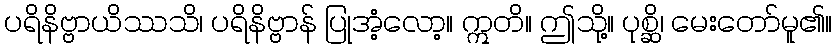
ပရိနိဗ္ဗာယိဿသိ၊ ပရိနိဗ္ဗာန် ပြုအံ့လော့။ ဣတိ။ ဤသို့။ ပုစ္ဆိ၊ မေးတော်မူ၏။